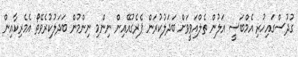
ގުދުސްގައިހުރި އެމްބަސީ އަލުން ތެލްއަވީވަށް ބަދަލުކުރަން ޕެރެގުއޭއިން ނިންމި ނިންމުން ބަދަލުކުރެވޭތޯ އެމެރިކާއިން